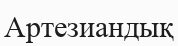
Артезиандық